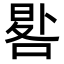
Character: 𠷳